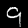
Digit: 9